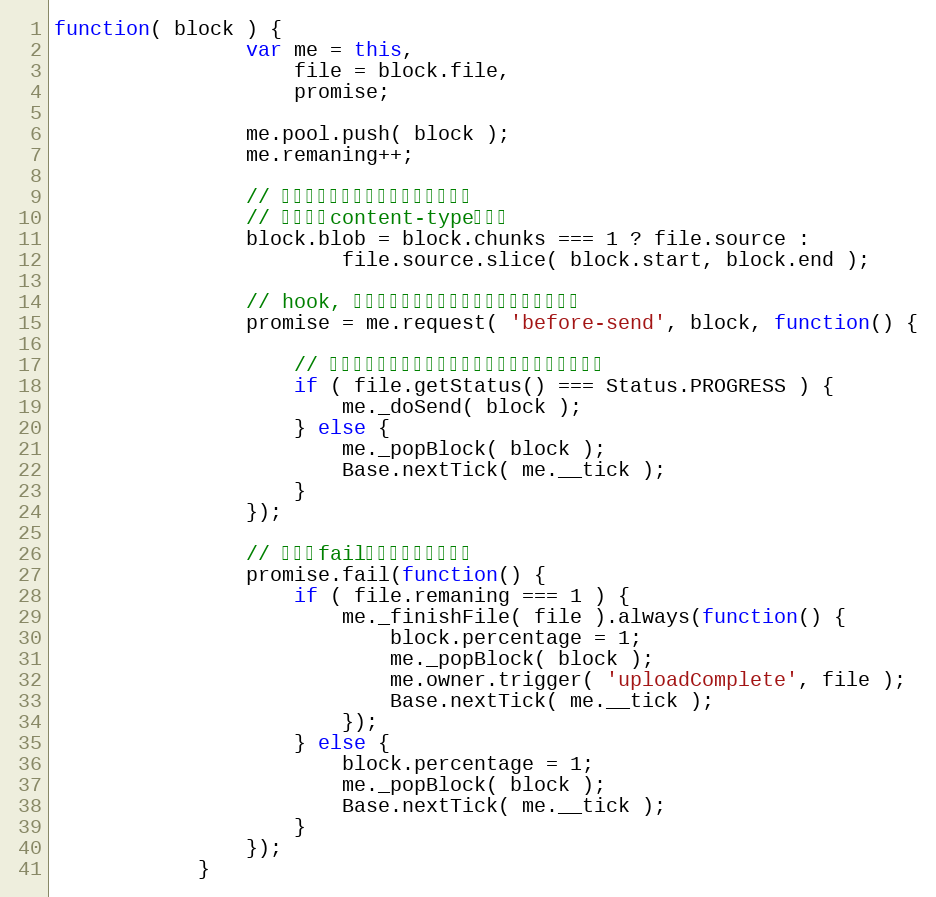
Language: JavaScript
function( block ) {
                var me = this,
                    file = block.file,
                    promise;

                me.pool.push( block );
                me.remaning++;

                // 如果没有分片，则直接使用原始的。
                // 不会丢失content-type信息。
                block.blob = block.chunks === 1 ? file.source :
                        file.source.slice( block.start, block.end );

                // hook, 每个分片发送之前可能要做些异步的事情。
                promise = me.request( 'before-send', block, function() {

                    // 有可能文件已经上传出错了，所以不需要再传输了。
                    if ( file.getStatus() === Status.PROGRESS ) {
                        me._doSend( block );
                    } else {
                        me._popBlock( block );
                        Base.nextTick( me.__tick );
                    }
                });

                // 如果为fail了，则跳过此分片。
                promise.fail(function() {
                    if ( file.remaning === 1 ) {
                        me._finishFile( file ).always(function() {
                            block.percentage = 1;
                            me._popBlock( block );
                            me.owner.trigger( 'uploadComplete', file );
                            Base.nextTick( me.__tick );
                        });
                    } else {
                        block.percentage = 1;
                        me._popBlock( block );
                        Base.nextTick( me.__tick );
                    }
                });
            }